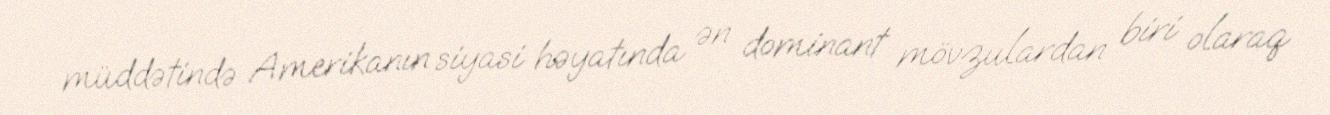
müddətində Amerikanın siyasi həyatında ən dominant mövzulardan biri olaraq